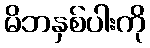
မိဘနှစ်ပါးကို